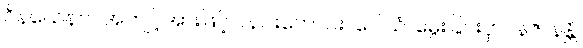
ဝိနယေနဝါ၊ အကျင့်အားဖြင့်လည်းကောင်း။ ပေါသံ၊ မွေးခြင်းငှာ။ နဇာနန္တိ၊